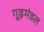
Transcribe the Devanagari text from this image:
गूढ़मंडल